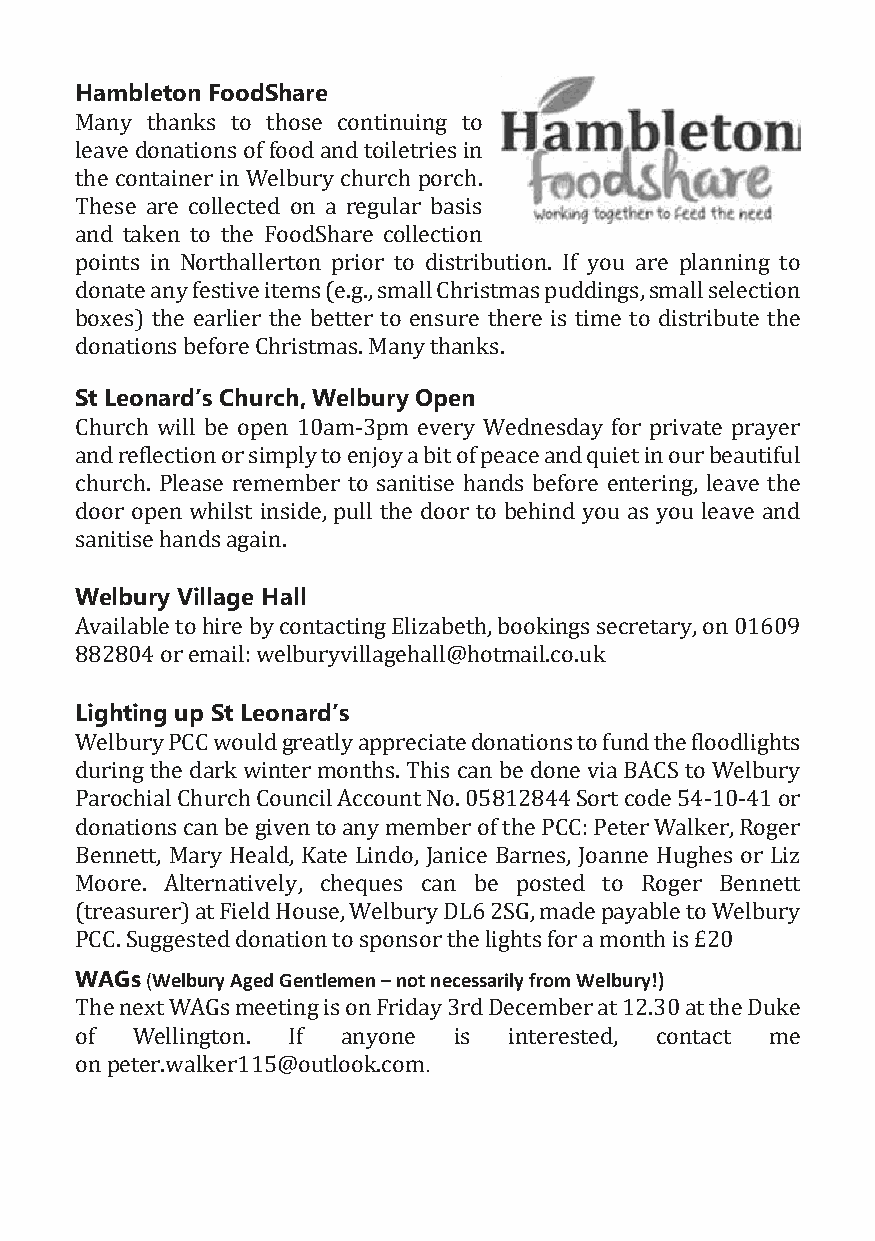
Hambleton FoodShare
 Many thanks to those continuing to
 leave donations of food and toiletries in
 the container in Welbury church porch.
 These are collected on a regular basis
 and taken to the FoodShare collection
 points in Northallerton prior to distribution. If you are planning to
 donate any festive items (e.g., small Christmas puddings, small selection
 boxes) the earlier the better to ensure there is time to distribute the
 donations before Christmas. Many thanks.
 St Leonard’s Church, Welbury Open
 Church will be open 10am-3pm every Wednesday for private prayer
 and reflection or simply to enjoy a bit of peace and quiet in our beautiful
 church. Please remember to sanitise hands before entering, leave the
 door open whilst inside, pull the door to behind you as you leave and
 sanitise hands again.
 Welbury Village Hall
 Available to hire by contacting Elizabeth, bookings secretary, on 01609
 882804 or email: welburyvillagehall@hotmail.co.uk
 Lighting up St Leonard’s
 Welbury PCC would greatly appreciate donations to fund the floodlights
 during the dark winter months. This can be done via BACS to Welbury
 Parochial Church Council Account No. 05812844 Sort code 54-10-41 or
 donations can be given to any member of the PCC: Peter Walker, Roger
 Bennett, Mary Heald, Kate Lindo, Janice Barnes, Joanne Hughes or Liz
 Moore. Alternatively, cheques can be posted to Roger Bennett
 (treasurer) at Field House, Welbury DL6 2SG, made payable to Welbury
 PCC. Suggested donation to sponsor the lights for a month is £20
 WAGs (Welbury Aged Gentlemen – not necessarily from Welbury!)
 The next WAGs meeting is on Friday 3rd December at 12.30 at the Duke
 of  Wellington. If anyone is interested, contact me
 on peter.walker115@outlook.com.